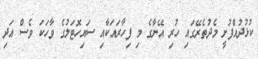
ކުޅުދުއްފުށީ މެދުތެރޭގައި ހުރި އޭނާގެ މި ފިހާރައަކާއި ސައިހޮޓަލުގެ ވާހަކަ ވެސް އަދި